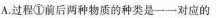
A.过程①前后两种物质的种类是一一对应的B.过程